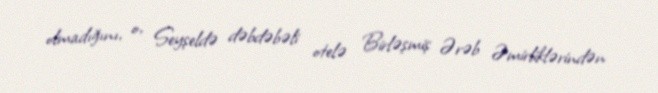
olmadığını, o, Seyşeldə dəbdəbəli otelə Birləşmiş Ərəb Əmirliklərindən